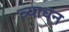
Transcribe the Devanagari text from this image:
व्याधन